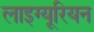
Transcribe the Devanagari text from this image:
लाइग्यूरियन